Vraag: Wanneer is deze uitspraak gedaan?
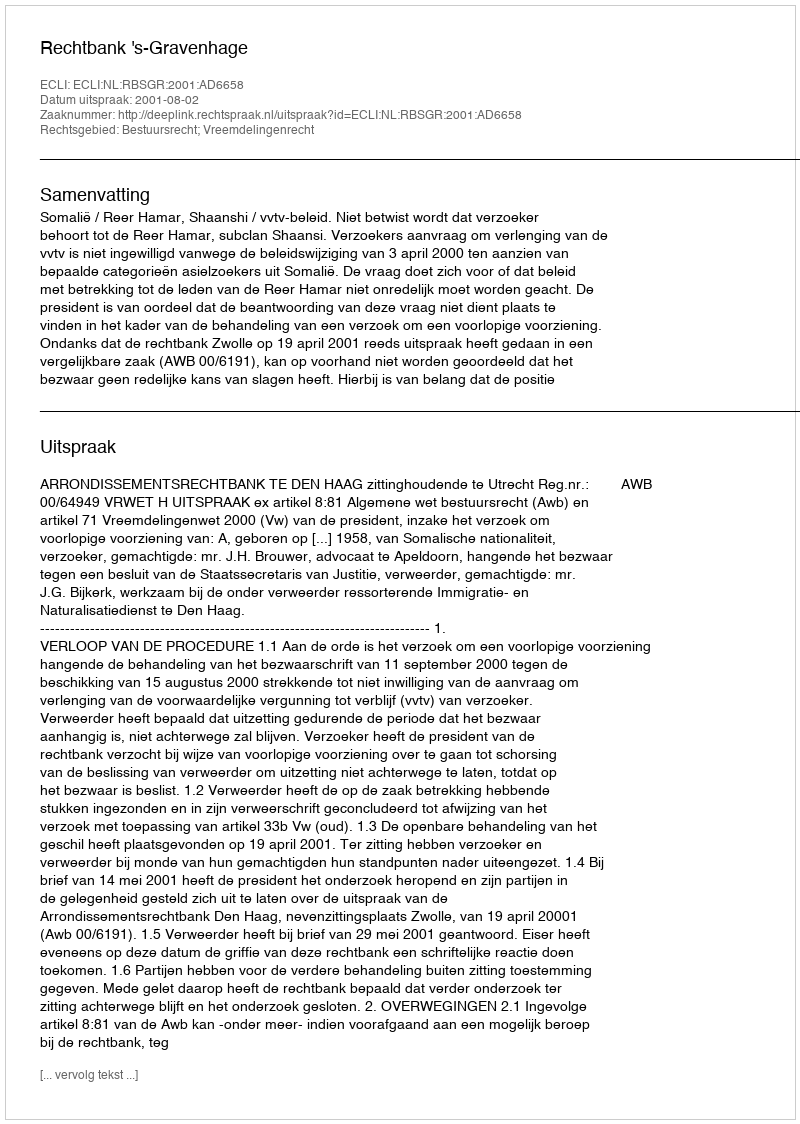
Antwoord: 2001-08-02